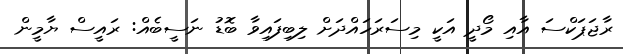
ރާޖަޕަކްސަ އާއި މޯދީ އަކީ މިސަރަހައްދަށް ލިބިފައިވާ ބޮޑު ނަސީބެއް: ރައީސް ޔާމީން